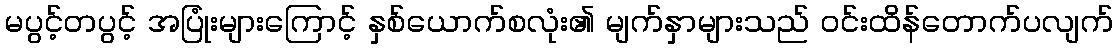
မပွင့်တပွင့် အပြုံးများကြောင့် နှစ်ယောက်စလုံး၏ မျက်နှာများသည် ဝင်းထိန်တောက်ပလျက်